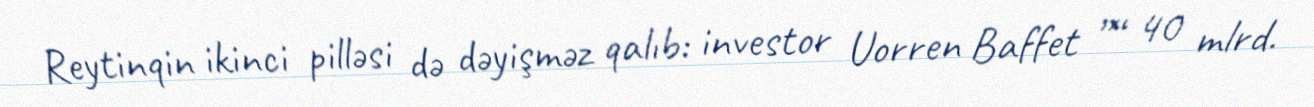
Reytinqin ikinci pilləsi də dəyişməz qalıb: investor Uorren Baffet ”“ 40 mlrd.